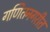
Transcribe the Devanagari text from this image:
गणितनगरीत